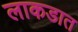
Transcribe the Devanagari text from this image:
लाकडात